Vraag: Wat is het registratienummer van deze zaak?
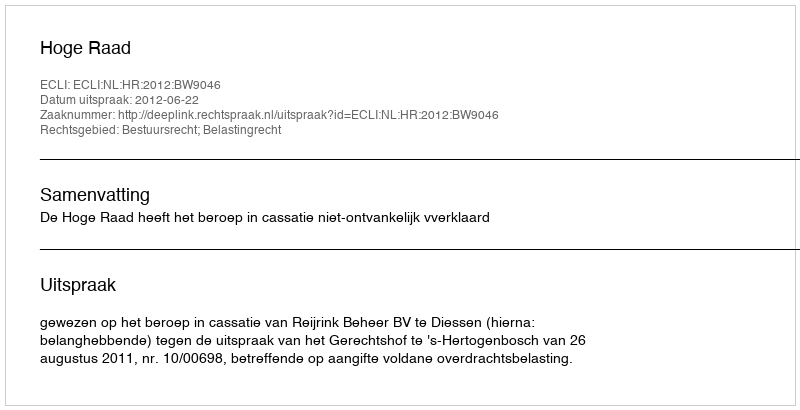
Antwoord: http://deeplink.rechtspraak.nl/uitspraak?id=ECLI:NL:HR:2012:BW9046